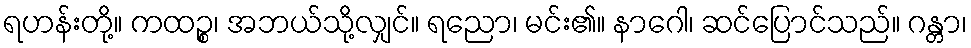
ရဟန်းတို့။ ကထဉ္စ၊ အဘယ်သို့လျှင်။ ရညော၊ မင်း၏။ နာဂေါ၊ ဆင်ပြောင်သည်။ ဂန္တာ၊